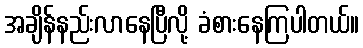
အချိန်နည်းလာနေပြီလို့ ခံစားနေကြပါတယ်။